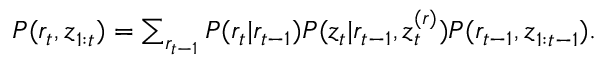
\begin{array} { r } { P ( r _ { t } , \boldsymbol { z } _ { 1 : t } ) = \sum _ { r _ { t - 1 } } P ( r _ { t } | r _ { t - 1 } ) P ( z _ { t } | r _ { t - 1 } , \boldsymbol { z } _ { t } ^ { ( r ) } ) P ( r _ { t - 1 } , \boldsymbol { z } _ { 1 : t - 1 } ) . } \end{array}